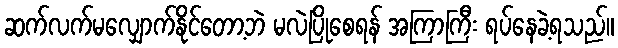
ဆက်လက်မလျှောက်နိုင်တော့ဘဲ မလဲပြိုစေရန် အကြာကြီး ရပ်နေခဲ့ရသည်။